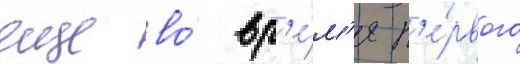
еще во́ вр'е́м'я п'е́рвого